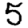
Digit: 5